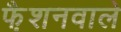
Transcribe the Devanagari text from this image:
फै़शनवाले